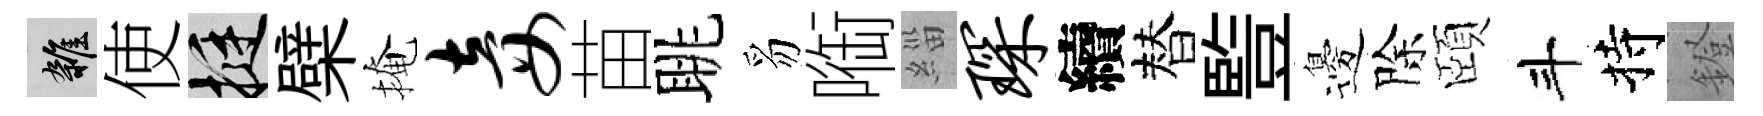
雜使挺檗掩妾苗眺豸㗸緇琛續替䜿邊除頤斗持鐙